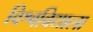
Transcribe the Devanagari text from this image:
विश्वविद्याला